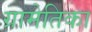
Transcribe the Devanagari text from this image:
ग्रामेतिका